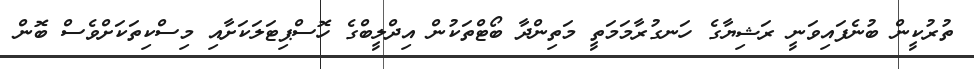
ތުރުކީން ބުނެފައިވަނީ ރަޝިޔާގެ ހަނގުރާމަމަތީ މަތިންދާ ބޯޓްތަކުން އިދްލީބްގެ ހޮސްޕިޓަލަކަށާއި މިސްކިތަކަށްވެސް ބޮން